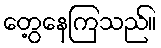
တွေ့နေကြသည်။